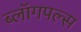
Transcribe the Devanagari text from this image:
ब्लॉगपल्स